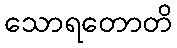
သောရတောတိ